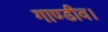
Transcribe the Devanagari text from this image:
गाण्डीव।